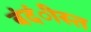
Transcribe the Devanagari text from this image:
बंदंीस्त